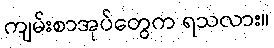
ကျမ်းစာအုပ်တွေက ရသလား။